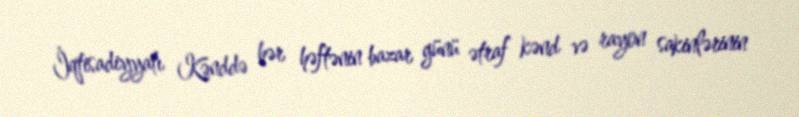
İqtisadiyyatı Kənddə hər həftənin bazar günü ətraf kənd və rayon sakinlərinin